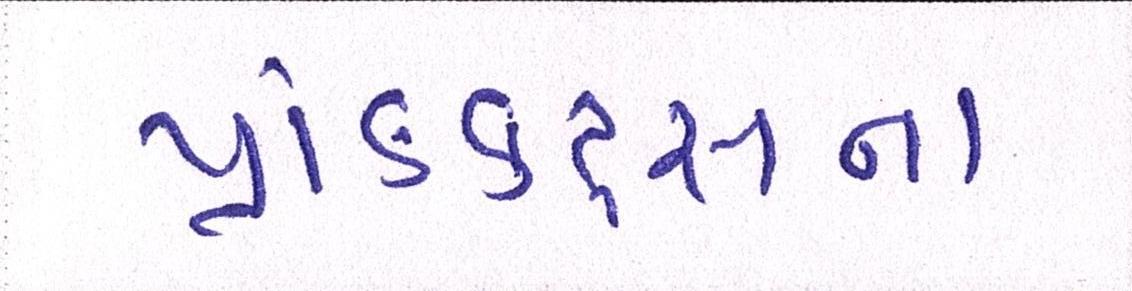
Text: પ્રોડક્ટ્સના